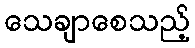
သေချာစေသည့်